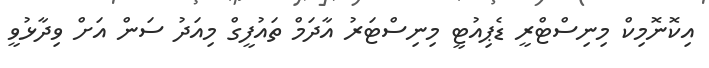
އިކޮނޮމިކް މިނިސްޓްރީ ޑެޕިއުޓީ މިނިސްޓަރު އާދަމް ތައުފީގް މިއަދު ސަން އަށް ވިދާޅުވީ